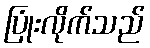
ပြုံးလိုက်သည်